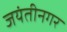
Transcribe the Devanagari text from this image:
जयंतीनगर